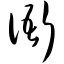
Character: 衙